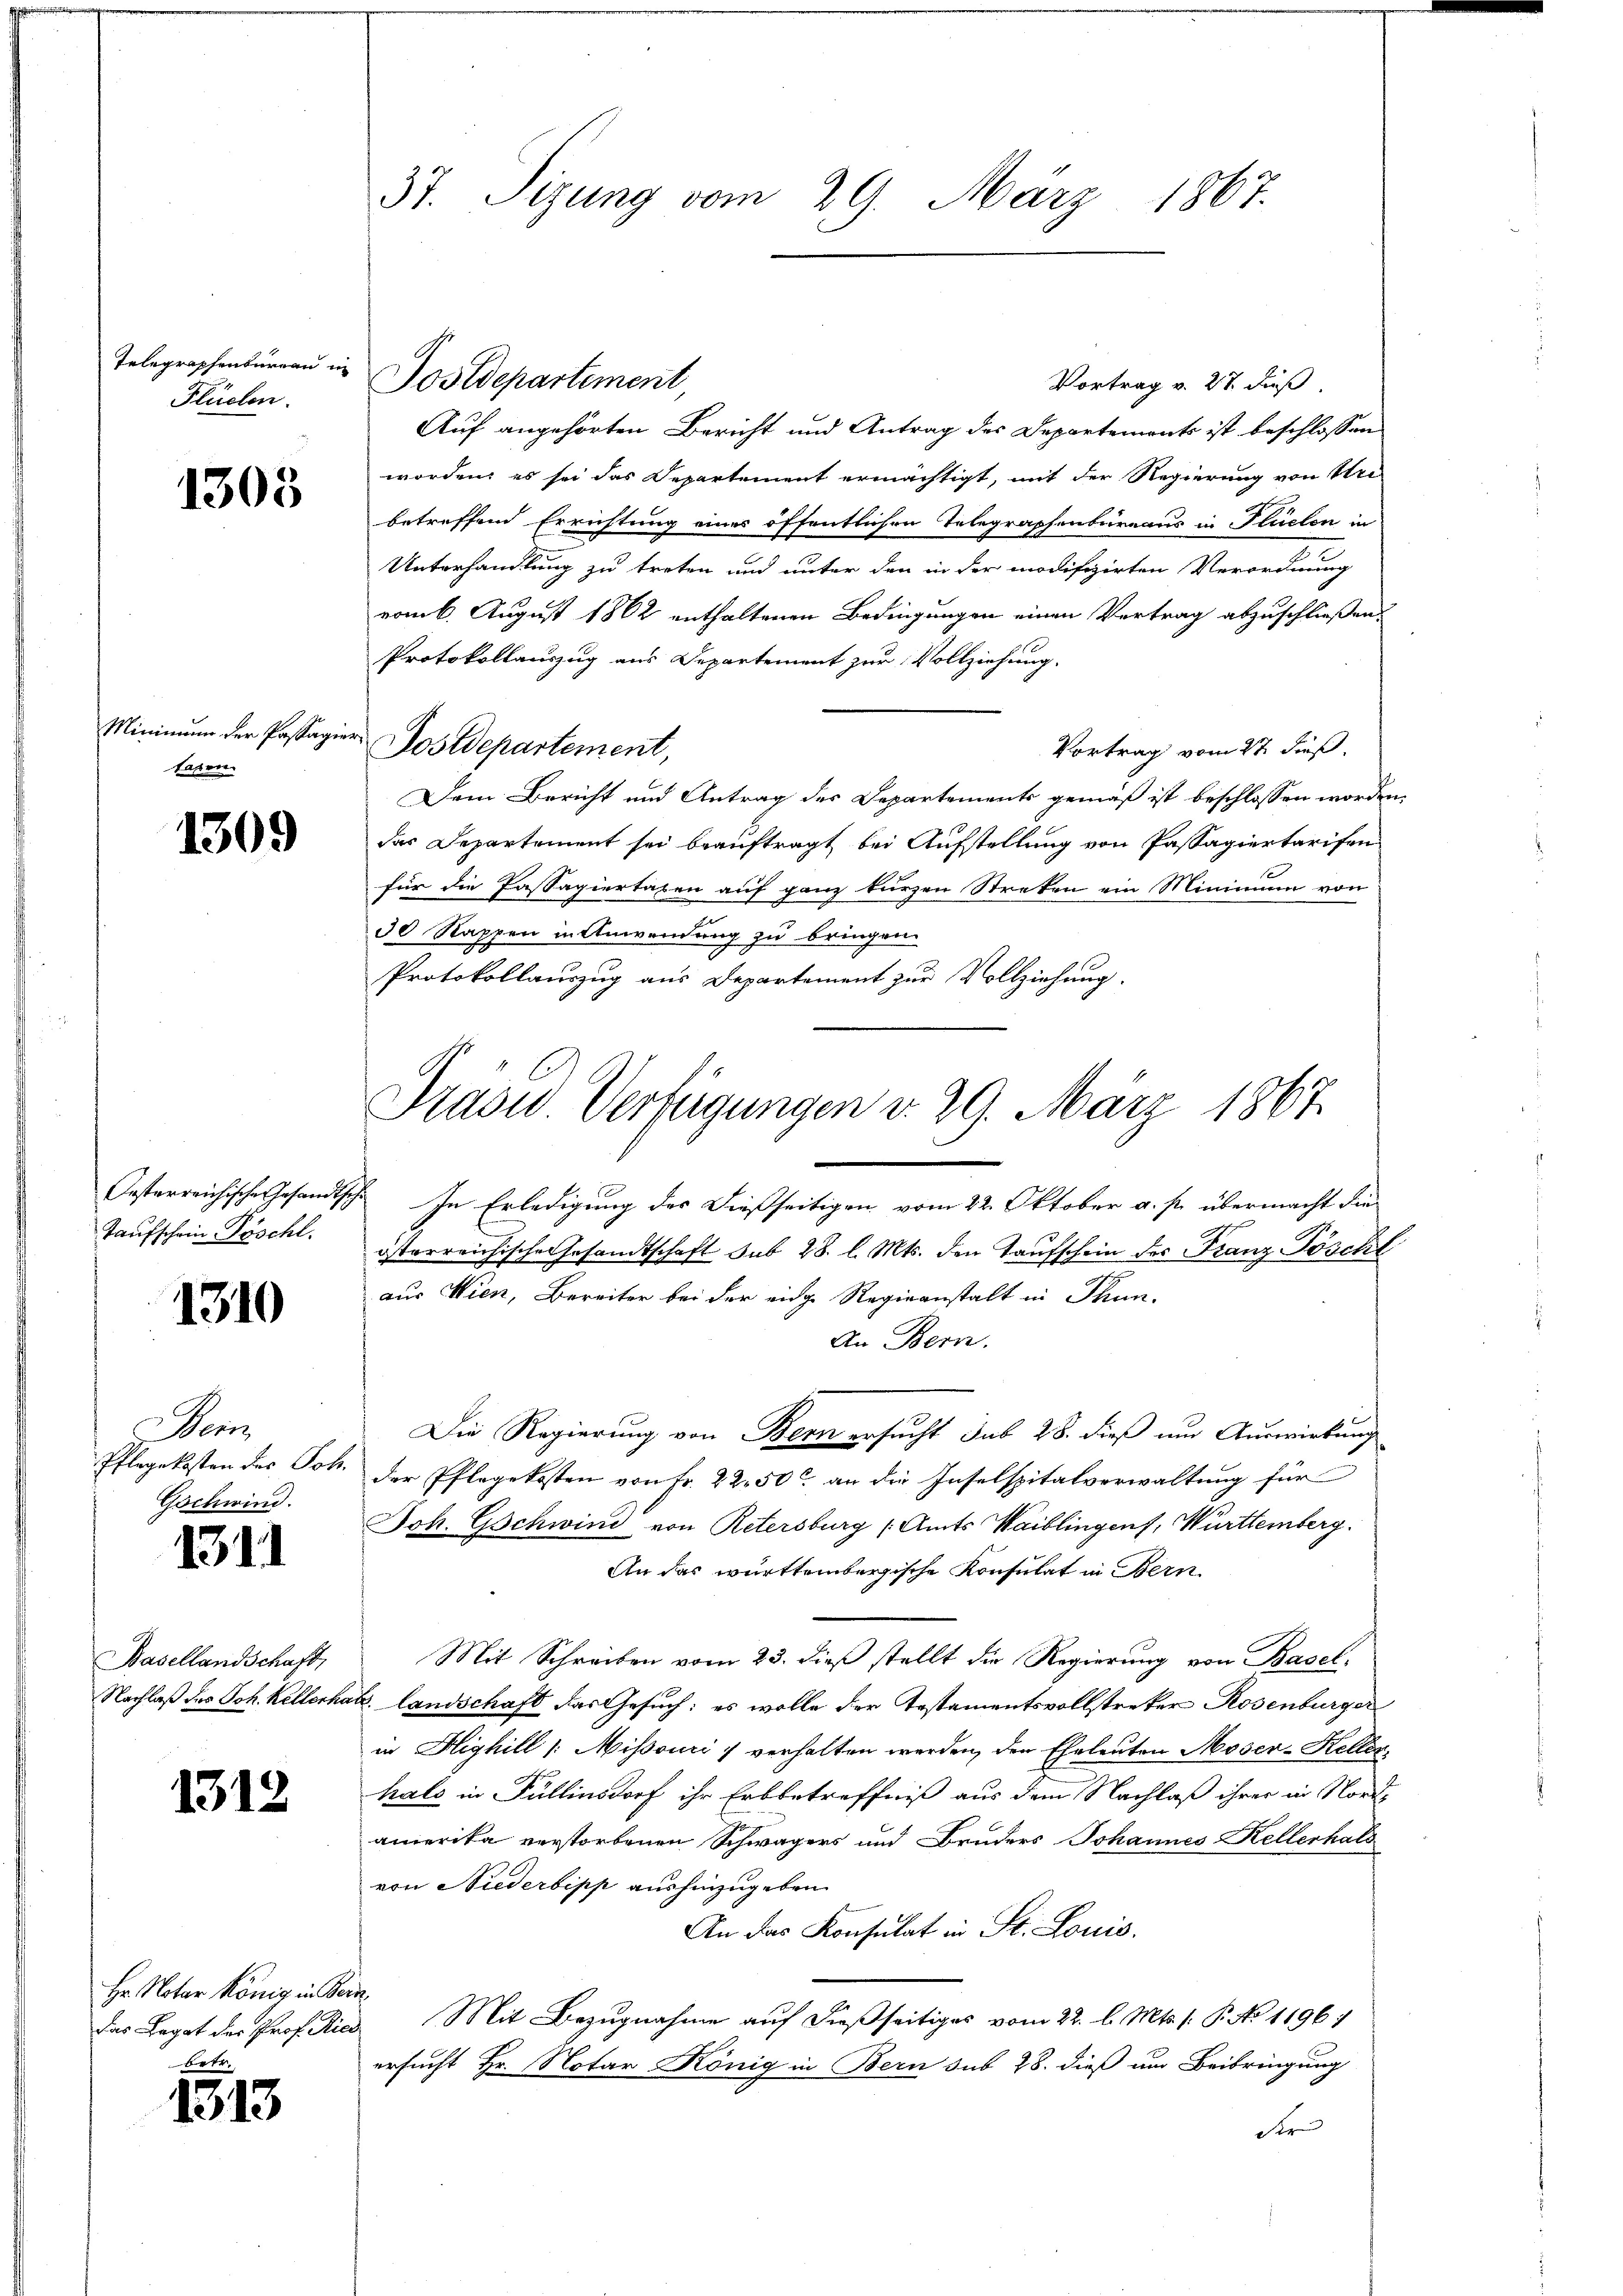
Telegraphenbureau in
Flüchen.

1305

Minimum der Passagietaben.

1309

Taufschein Pöschl.

1310

em
Pflegekosten des Joh.
Gschwind.

1311

Basellandschaft,
Nachlaß des Joh. Kellerha

1312

Hr. Notar König in Ver
Das Legat der Prof. Rich
betr.

1313

37. Sizung vom 29. März 1867.

Vortrag v. 27. dieß.
Auf angehörten Bericht und Antrag des Departements ist beschlossen
worden; es sei das Departement ermächtigt, mit der Regierung von Stre
betreffend Errichtung eines öffentlichen Telegraphenbüreaus in Flüelen in
Unterhandlung zu treten und unter den in der modifizirten Verordnung
vom 6. August 1862 enthaltenen Bedingungen einen Vertrag abzuschließen.
Protokollauszug aus Departement zur Vollziehung.
Postdepartement,
Vortrag vom 27. dieß.
Dem Bericht und Antrag des Departements gemäß ist beschlossen worden,
das Departement sei beauftragt bei Aufstellung von Passagiertarifen
für die Passagiertaxen auf ganz kurzen Streken ein Minimum von
30 Rappen in Anwendung zu bringen.
Protokollauszug aus Departement zur Vollziehung.

Postdepartement,

Prasw. Verfügungen d. 29. März 1867

Oesterreichische Gesandtsche In Erledigung des dießseitigen vom 22. Oktober a. p. übermacht die
österreichische Gesandtschaft sub 28. l. Mts. den Taufschein der Franz Pöscht
aus Wien, Bereiter bei der eidge Regieanstalt in Thun.
An Bern.
Die Regierung von Bern ersucht sub 28. dieß und Auswirkung
der Pflegekosten von Fr. 22500 an die Inselspitalverwaltung für
Joh. Gschwind von Retersburg (Amts Waiblingen, Württemberg.
An das württembergische Konsulat in Bern.
Mit Schreiben vom 23. dieß stellt die Regierung von Basel,
i. Landschaft das Gesuch: es wolle der Testamentsvollstreker Rosenburger
in Highill /: Missouri & verhalten werden, den Eheleuten Moser-Keller,
hals in Füllensdorf ihr Erbbetreffniß aus dem Nachlaß ihrer in Nordamerika verstorbenen Schwägers und Bruders Johannes Kellerhals
von Niederbipp aushinzugeben.
An das Konsulat in St. Louis.
e
Mit Bezugnahme auf dießseitiges vom 22. l. Mts. /: P. No 11961
ersucht Hr. Notar König in Bern sub 28. dieß um Beibringung
der